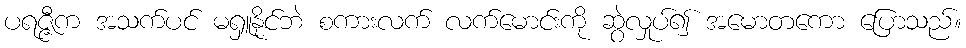
ပရဇ္ဇီက အသက်ပင် မရှူနိုင်ဘဲ စကားလက် လက်မောင်းကို ဆွဲလှုပ်၍ အမောတကော ပြောသည်။